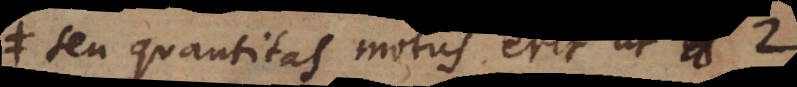
seu quantitas motus erit ut 2;